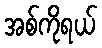
အစ်ကိုရယ်